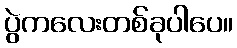
ပွဲကလေးတစ်ခုပါပေ။